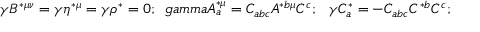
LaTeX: \gamma B ^ { * \mu \nu } = \gamma \eta ^ { * \mu } = \gamma \rho ^ { * } = 0 ; \ \, g a m m a A _ { a } ^ { * \mu } = C _ { a b c } A ^ { * b \mu } C ^ { c } ; \ \ \gamma C _ { a } ^ { * } = - C _ { a b c } C ^ { * b } C ^ { c } ;